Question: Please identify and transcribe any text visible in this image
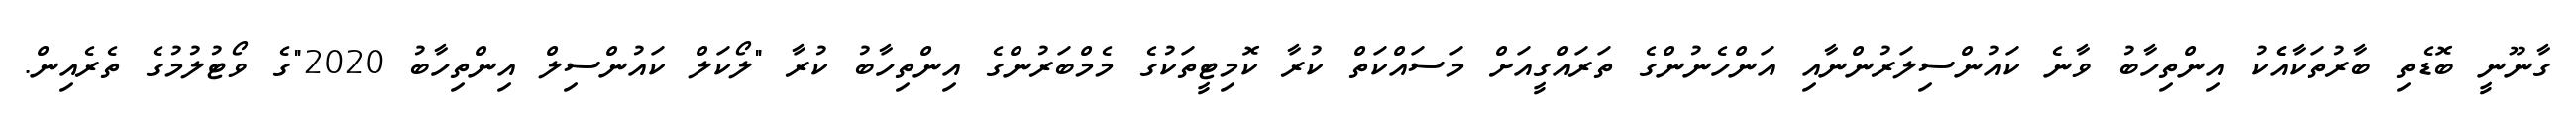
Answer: ގާނޫނީ ބޮޑެތި ބާރުތަކާއެެކު އިންތިހާބު ވާނެ ކައުންސިލަރުންނާއި އަންހެނުންގެ ތަރައްގީއަށް މަސައްކަތް ކުރާ ކޮމިޓީތަކުގެ މެމްބަރުންގެ އިންތިހާބު ކުރާ "ލޯކަލް ކައުންސިލް އިންތިހާބު 2020"ގެ ވޯޓުލުމުގެ ތެރެއިން.